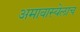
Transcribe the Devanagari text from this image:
अमावास्येलाच